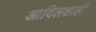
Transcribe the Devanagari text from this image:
आदिलशाही